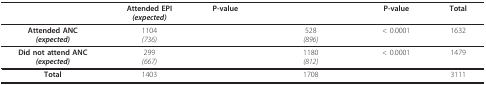
<table><thead><tr><td>[EMPTY_CELL]</td><td><b>Attended EPI<i>(expected)</i></b></td><td><b>P-value</b></td><td>[EMPTY_CELL]</td><td><b>P-value</b></td><td><b>Total</b></td></tr></thead><tbody><tr><td><b>Attended ANC</b><i><b>(expected)</b></i></td><td>1104<i>(736)</i></td><td>[EMPTY_CELL]</td><td>528<i>(896)</i></td><td>&lt; 0.0001</td><td>1632</td></tr><tr><td><b>Did not attend ANC</b><i><b>(expected)</b></i></td><td>299<i>(667)</i></td><td>[EMPTY_CELL]</td><td>1180<i>(812)</i></td><td>&lt; 0.0001</td><td>1479</td></tr><tr><td><b>Total</b></td><td>1403</td><td>[EMPTY_CELL]</td><td>1708</td><td>[EMPTY_CELL]</td><td>3111</td></tr></tbody></table>